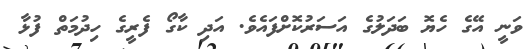
ވަނީ އޭގެ ހެޔޮ ބަދަލުގެ އަސަރުކޮށްފައެވެ. އަދި ކާގޯ ފެރީގެ ހިދުމަތް ފުޅާ